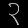
Digit: ၃